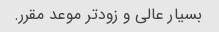
بسیار عالی و زودتر موعد مقرر.